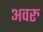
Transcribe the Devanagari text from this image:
अवरु